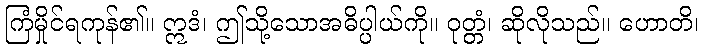
ကြံမှိုင်ရကုန်၏။ ဣဒံ၊ ဤသို့သောအဓိပ္ပါယ်ကို။ ဝုတ္တံ၊ ဆိုလိုသည်။ ဟောတိ၊